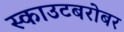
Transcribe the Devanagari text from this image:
स्काउटबरोबर